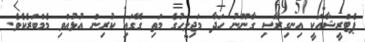
ޕެޓްރީޝާއަކީ އިނގިރޭސި ގާނޫނު ހަދާ މަޖިލީހުގެ މަތި ގޭގައި ކުރިން އުޅުއްވި މެމްބަރެކެވެ.